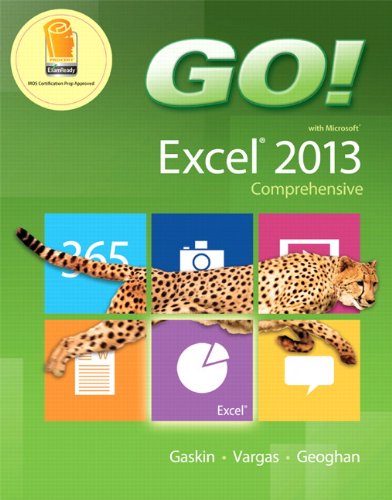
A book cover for GO! with Microsoft Excel 2013 Comprehensive; Shelley Gaskin; Computers & Technology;